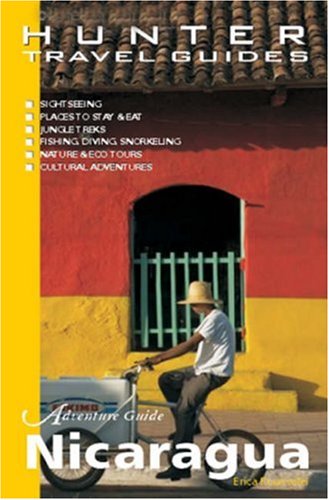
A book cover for Adventure Guide Nicaragua (Adventure Guides Series) (Adventure Guides Series) (Adventure Guides Series) (Adventure Guide to Nicaragua); Erica Rounsefell; Travel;